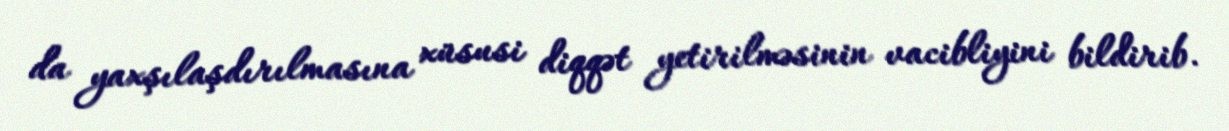
da yaxşılaşdırılmasına xüsusi diqqət yetirilməsinin vacibliyini bildirib.